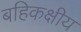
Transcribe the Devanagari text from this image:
बहिकक्षीय